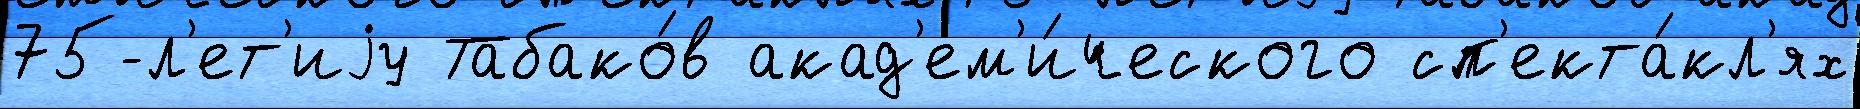
75-л'ет'иjу Табако́в акад'ем'и́ческого сп'екта́кл'ях